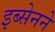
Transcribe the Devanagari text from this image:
इब्सेनने